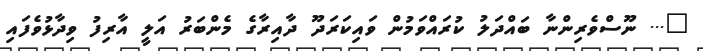
"... ނޫސްވެރިންނާ ބައްދަލު ކުރައްވަމުން ވައިކަރަދޫ ދާއިރާގެ މެންބަރު އަލީ އާރިފު ވިދާޅުވެފައި